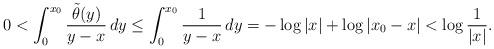
LaTeX: \begin{align*}0< \int_0^{x_0} \frac{\tilde{\theta}(y)}{y-x} \, dy \leq \int_0^{x_0} \frac{1}{y-x} \, dy = -\log|x| + \log|x_0-x| < \log \frac{1}{|x|}. \end{align*}